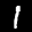
Label: 1